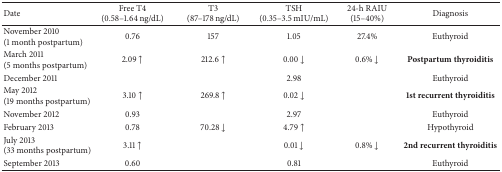
<table><thead><tr><td><b>Date</b></td><td><b>Free T4 (0.58–1.64 ng/dL)</b></td><td><b>T3 (87–178 ng/dL)</b></td><td><b>TSH (0.35–3.5 mIU/mL)</b></td><td><b>24-h RAIU (15–40%)</b></td><td><b>Diagnosis</b></td></tr></thead><tbody><tr><td>November 2010(1 month postpartum)</td><td>0.76</td><td>157</td><td>1.05</td><td>27.4%</td><td>Euthyroid</td></tr><tr><td>March 2011(5 months postpartum)</td><td>2.09 ↑</td><td>212.6 ↑</td><td>0.00 ↓</td><td>0.6% ↓</td><td><b>Postpartum thyroiditis</b></td></tr><tr><td>December 2011</td><td> </td><td> </td><td>2.98</td><td> </td><td>Euthyroid</td></tr><tr><td>May 2012(19 months postpartum)</td><td>3.10 ↑</td><td>269.8 ↑</td><td>0.02 ↓</td><td> </td><td><b>1st recurrent thyroiditis</b></td></tr><tr><td>November 2012</td><td>0.93</td><td> </td><td>2.97</td><td> </td><td>Euthyroid</td></tr><tr><td>February 2013</td><td>0.78</td><td>70.28 ↓</td><td>4.79 ↑</td><td> </td><td>Hypothyroid</td></tr><tr><td>July 2013(33 months postpartum)</td><td>3.11 ↑</td><td> </td><td>0.01 ↓</td><td>0.8% ↓</td><td><b>2nd recurrent thyroiditis</b></td></tr><tr><td>September 2013</td><td>0.60</td><td> </td><td>0.81</td><td> </td><td>Euthyroid</td></tr></tbody></table>